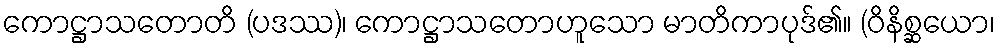
ကောဋ္ဌာသတောတိ (ပဒဿ)၊ ကောဋ္ဌာသတောဟူသော မာတိကာပုဒ်၏။ (ဝိနိစ္ဆယော၊